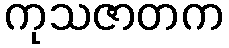
ကုသဇာတက